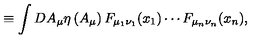
\equiv \int D A _ { \mu } \eta \left( A _ { \mu } \right) F _ { \mu _ { 1 } \nu _ { 1 } } ( x _ { 1 } ) \cdots F _ { \mu _ { n } \nu _ { n } } ( x _ { n } ) ,